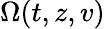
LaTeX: \Omega(t,z,v)